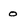
Character: o